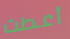
أعطت